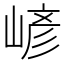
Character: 嵃